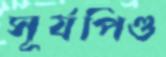
সূর্যপিণ্ড